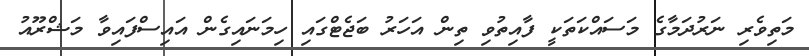
މަތިވެރި ނަރުދަމާގެ މަސައްކަތަކީ ފާއިތުވި ތިން އަހަރު ބަޖެޓްގައި ހިމަނައިގެން އައިސްފައިވާ މަޝްރޫއު